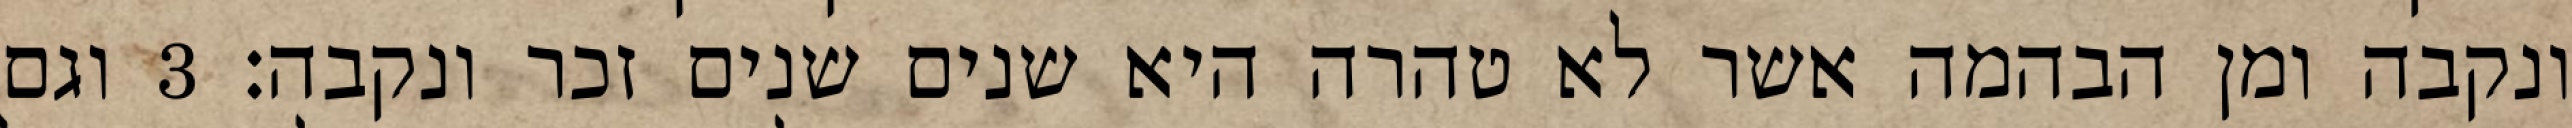
ונקבה ומן הבהמה אשר לא טהרה היא שנים שנים זכר ונקבה׃ ‎3‏ וגם